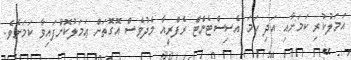
އަމަލުކުރި ކަމަށާއި އަދި ހަމަ އެސިސްޓެންޓް ރެފްރީއާ މެދުވެސް އޮގޮތަށް ޢަމަލުކޮށްފައިވާ ކަމަށެވެ.